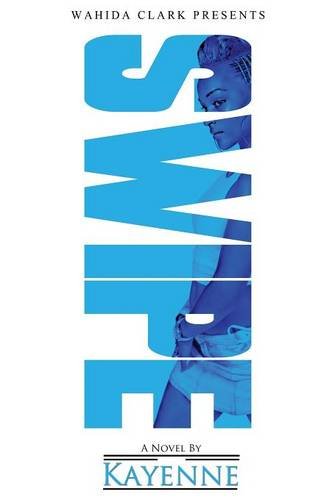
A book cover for Swipe; Kayenne; Mystery, Thriller & Suspense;